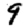
Digit: 9